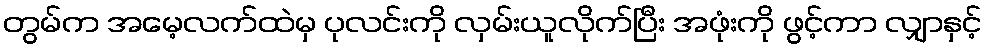
တွမ်က အမေ့လက်ထဲမှ ပုလင်းကို လှမ်းယူလိုက်ပြီး အဖုံးကို ဖွင့်ကာ လျှာနှင့်